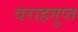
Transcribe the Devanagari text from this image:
वराहगुप्त